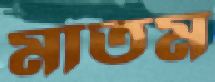
মাতম